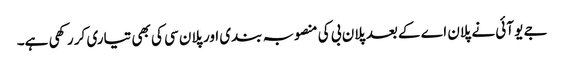
جے یو آئی نے پلان اے کے بعد پلان بی کی منصوبہ بندی اور پلان سی کی بھی تیاری کر رکھی ہے۔